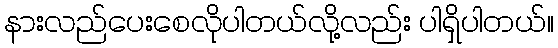
နားလည်ပေးစေလိုပါတယ်လို့လည်း ပါရှိပါတယ်။